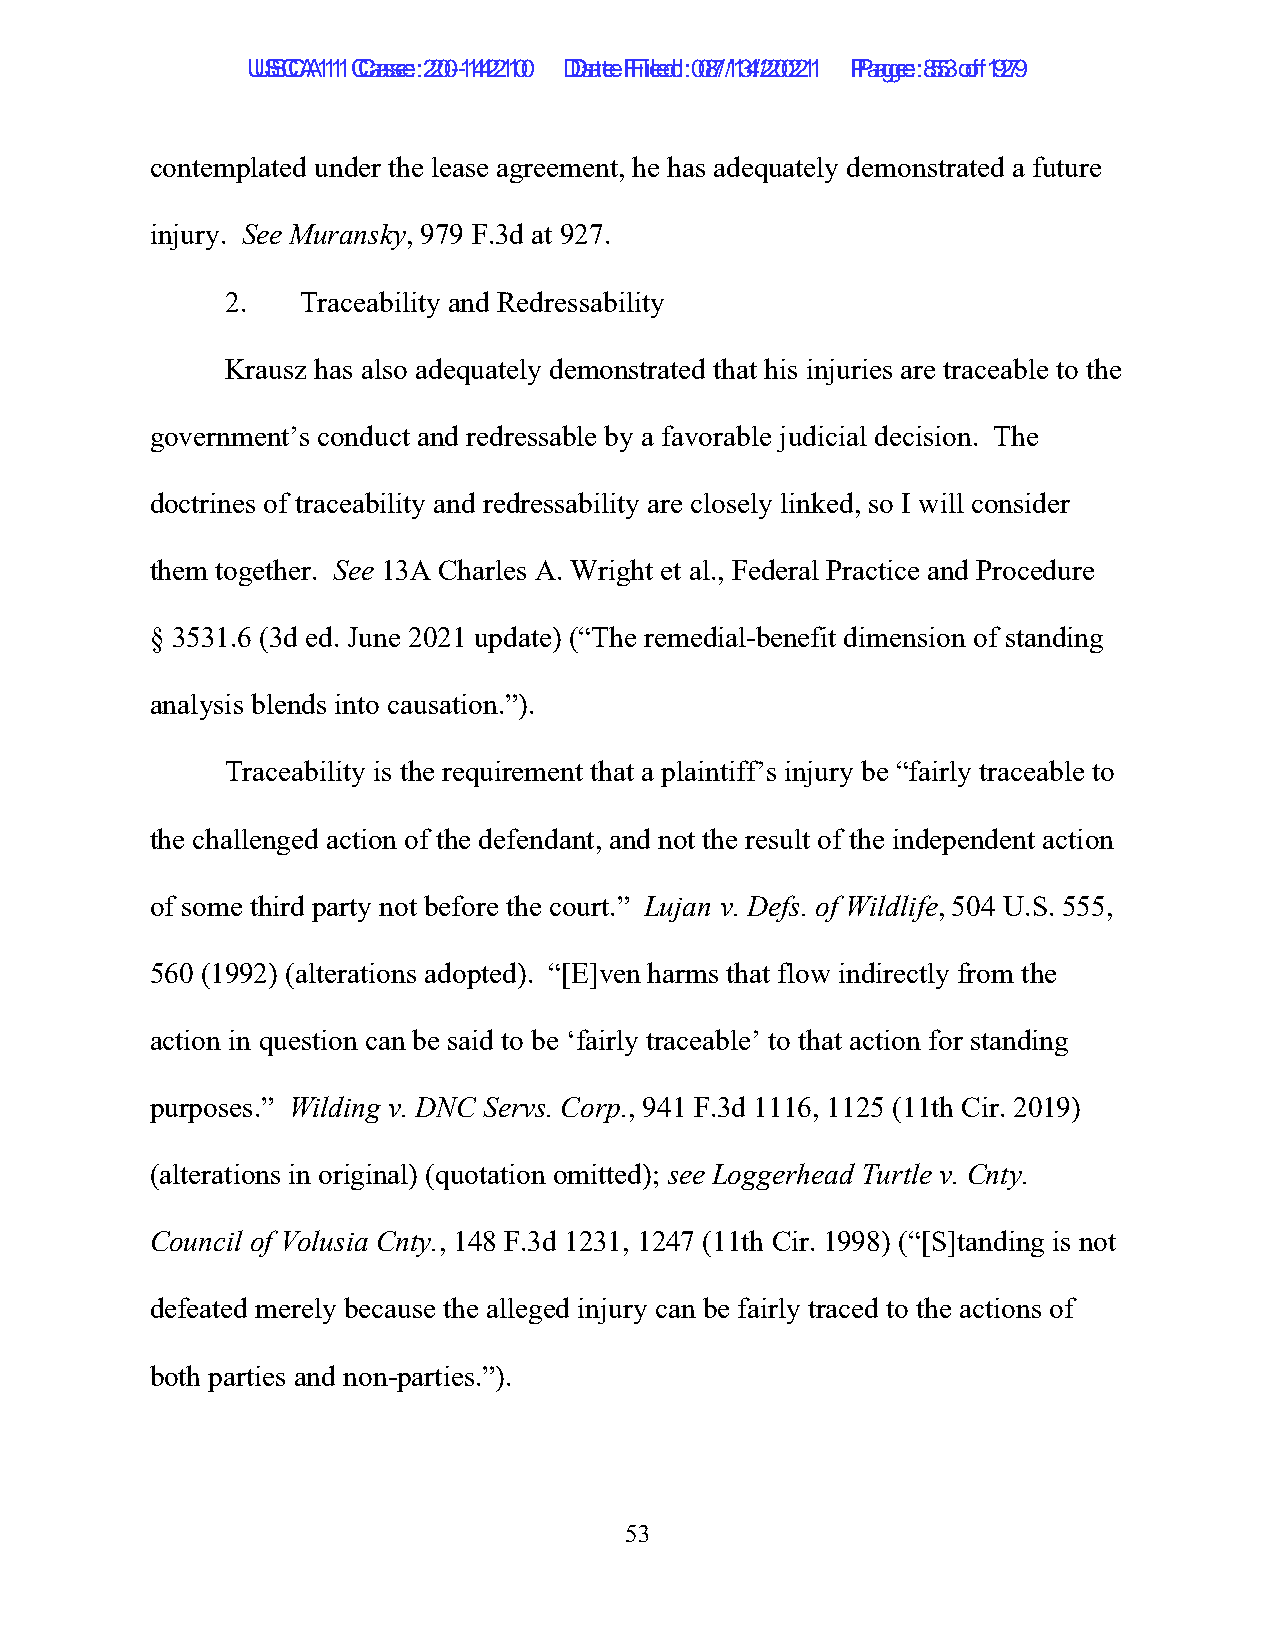
UUSSCCAA1111 C Caassee: :2 200--1144221100 D Daatete F Filieledd: :0 087/1/134/2/2002211 P Paaggee: :8 553 o of f1 9279
 contemplated under the lease agreement, he has adequately demonstrated a future
 injury. See Muransky, 979 F.3d at 927.
 2.   Traceability and Redressability
 Krausz has also adequately demonstrated that his injuries are traceable to the
 government’s conduct and redressable by a favorable judicial decision. The
 doctrines of traceability and redressability are closely linked, so I will consider
 them together. See 13A Charles A. Wright et al., Federal Practice and Procedure
 § 3531.6 (3d ed. June 2021 update) (“The remedial-benefit dimension of standing
 analysis blends into causation.”).
 Traceability is the requirement that a plaintiff’s injury be “fairly traceable to
 the challenged action of the defendant, and not the result of the independent action
 of some third party not before the court.” Lujan v. Defs. of Wildlife, 504 U.S. 555,
 560 (1992) (alterations adopted). “[E]ven harms that flow indirectly from the
 action in question can be said to be ‘fairly traceable’ to that action for standing
 purposes.” Wilding v. DNC Servs. Corp., 941 F.3d 1116, 1125 (11th Cir. 2019)
 (alterations in original) (quotation omitted); see Loggerhead Turtle v. Cnty.
 Council of Volusia Cnty., 148 F.3d 1231, 1247 (11th Cir. 1998) (“[S]tanding is not
 defeated merely because the alleged injury can be fairly traced to the actions of
 both parties and non-parties.”).
 53